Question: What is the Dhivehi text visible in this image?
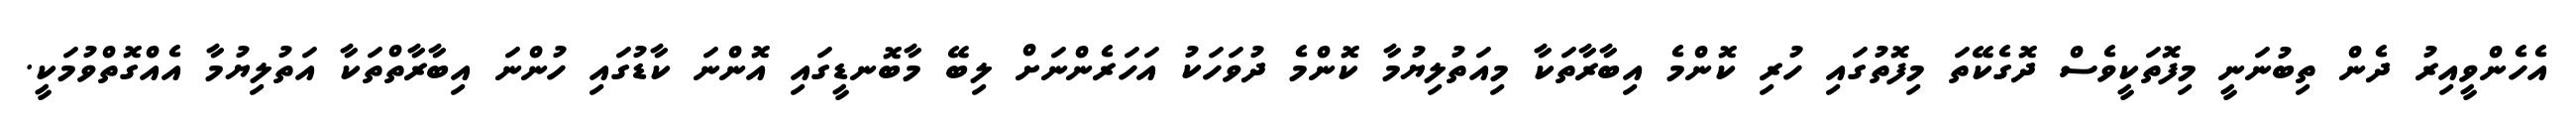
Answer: އެހެންވީއިރު ދެން ތިބުނަނީ މިފޮތަކީވެސް ދޮގެކޭތަ މިފޮތުގައި ހުރި ކޮންމެ އިބާރާތަކާ މިއަތުލިޔުމާ ކޮންމެ ދުވަހަކު އަހަރެންނަށް ލިބޭ މާބޮނޑީގައި އޮންނަ ކާޑުގައި ހުންނަ އިބާރާތްތަކާ އަތުލިޔުމާ އެއްގޮތްވުމަކީ.